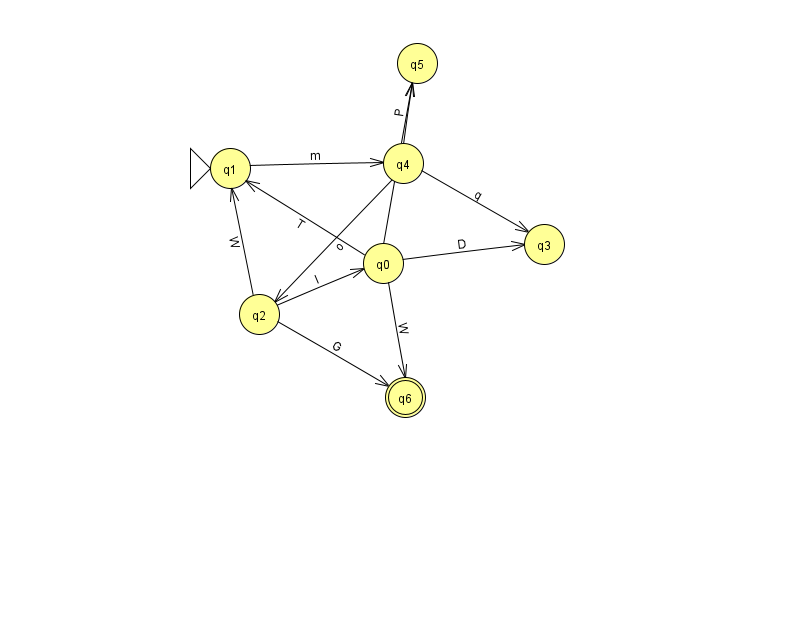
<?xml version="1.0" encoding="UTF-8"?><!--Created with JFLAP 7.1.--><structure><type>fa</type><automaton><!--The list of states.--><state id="0" name="q0"><x>383.0</x><y>250.0</y></state><state id="1" name="q1"><x>230.0</x><y>155.0</y><initial/></state><state id="2" name="q2"><x>259.0</x><y>301.0</y></state><state id="3" name="q3"><x>544.0</x><y>231.0</y></state><state id="4" name="q4"><x>403.0</x><y>150.0</y></state><state id="5" name="q5"><x>417.0</x><y>50.0</y></state><state id="6" name="q6"><x>405.0</x><y>384.0</y><final/></state><!--The list of transitions.--><transition><from>4</from><to>5</to><read>P</read></transition><transition><from>0</from><to>3</to><read>D</read></transition><transition><from>4</from><to>3</to><read>q</read></transition><transition><from>1</from><to>4</to><read>m</read></transition><transition><from>0</from><to>1</to><read>T</read></transition><transition><from>0</from><to>5</to><read>M</read></transition><transition><from>2</from><to>6</to><read>G</read></transition><transition><from>2</from><to>0</to><read>I</read></transition><transition><from>2</from><to>1</to><read>W</read></transition><transition><from>0</from><to>6</to><read>W</read></transition><transition><from>4</from><to>2</to><read>o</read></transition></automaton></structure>